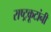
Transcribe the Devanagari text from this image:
राष्ट्रकूटांनी